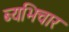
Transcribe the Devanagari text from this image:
ब्यभिचार